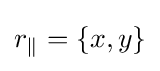
r_{\parallel }=\left\{x,y\right\}